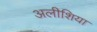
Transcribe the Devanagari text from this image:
अलीशिया